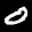
Label: 0